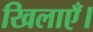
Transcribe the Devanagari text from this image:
खिलाएँ।